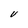
Character: V